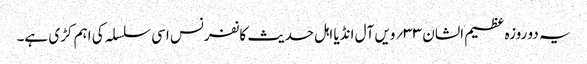
یہ دو روزہ عظیم الشان ۳۳؍ویں آل انڈیا اہل حدیث کانفرنس اسی سلسلہ کی اہم کڑی ہے۔